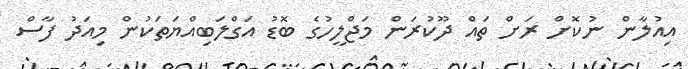
އިއުލާން ނުކޮށް ރަށް ތައް ދޫކުރަން މަޖްލީހުގެ ބޮޑު އަގްލަބިއްޔަތަކުން މިއަދު ފާާސް